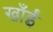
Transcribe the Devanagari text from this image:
खाँईं